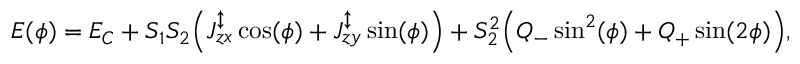
E ( \phi ) = E _ { C } + S _ { 1 } S _ { 2 } \Big ( J _ { z x } ^ { \updownarrow } \cos ( \phi ) + J _ { z y } ^ { \updownarrow } \sin ( \phi ) \Big ) + S _ { 2 } ^ { 2 } \Big ( Q _ { - } \sin ^ { 2 } ( \phi ) + Q _ { + } \sin ( 2 \phi ) \Big ) ,